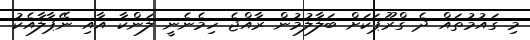
މި ގައުމުތައް ދެ ގްރޫޕަކަށް ބަލާލުމުން ރާއްޖެ ހިމެނެނީ ލަންކާ އާއި ނޭޕާލާއެކު